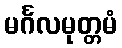
မင်္ဂလမုတ္တမံ